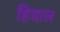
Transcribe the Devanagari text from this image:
हियाल